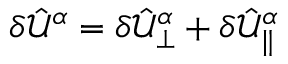
\delta \hat { \mathcal { U } } ^ { \alpha } = \delta \hat { \mathcal { U } } _ { \perp } ^ { \alpha } + \delta \hat { \mathcal { U } } _ { \parallel } ^ { \alpha }